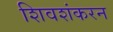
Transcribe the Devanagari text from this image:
शिवशंकरन